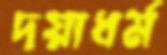
দয়াধর্ম